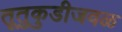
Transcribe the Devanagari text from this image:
तूतुकुडीजवळ